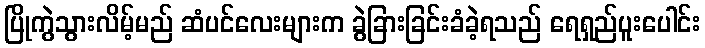
ပြိုကွဲသွားလိမ့်မည် ဆံပင်လေးများက ခွဲခြားခြင်းခံခဲ့ရသည် ရေရှည်ပူးပေါင်း